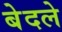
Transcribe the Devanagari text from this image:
बेदले